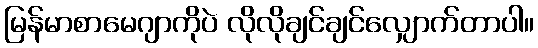
မြန်မာစာမေဂျာကိုပဲ လိုလိုချင်ချင်လျှောက်တာပါ။